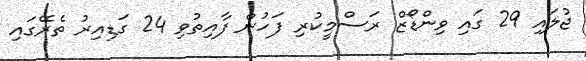
ޖުލައި 29 ގައި ވިންޑޯޒް ރަސްމީކުރި ފަހުން ފާއިތުވި 24 ގަޑިއިރު ތެރޭގައި